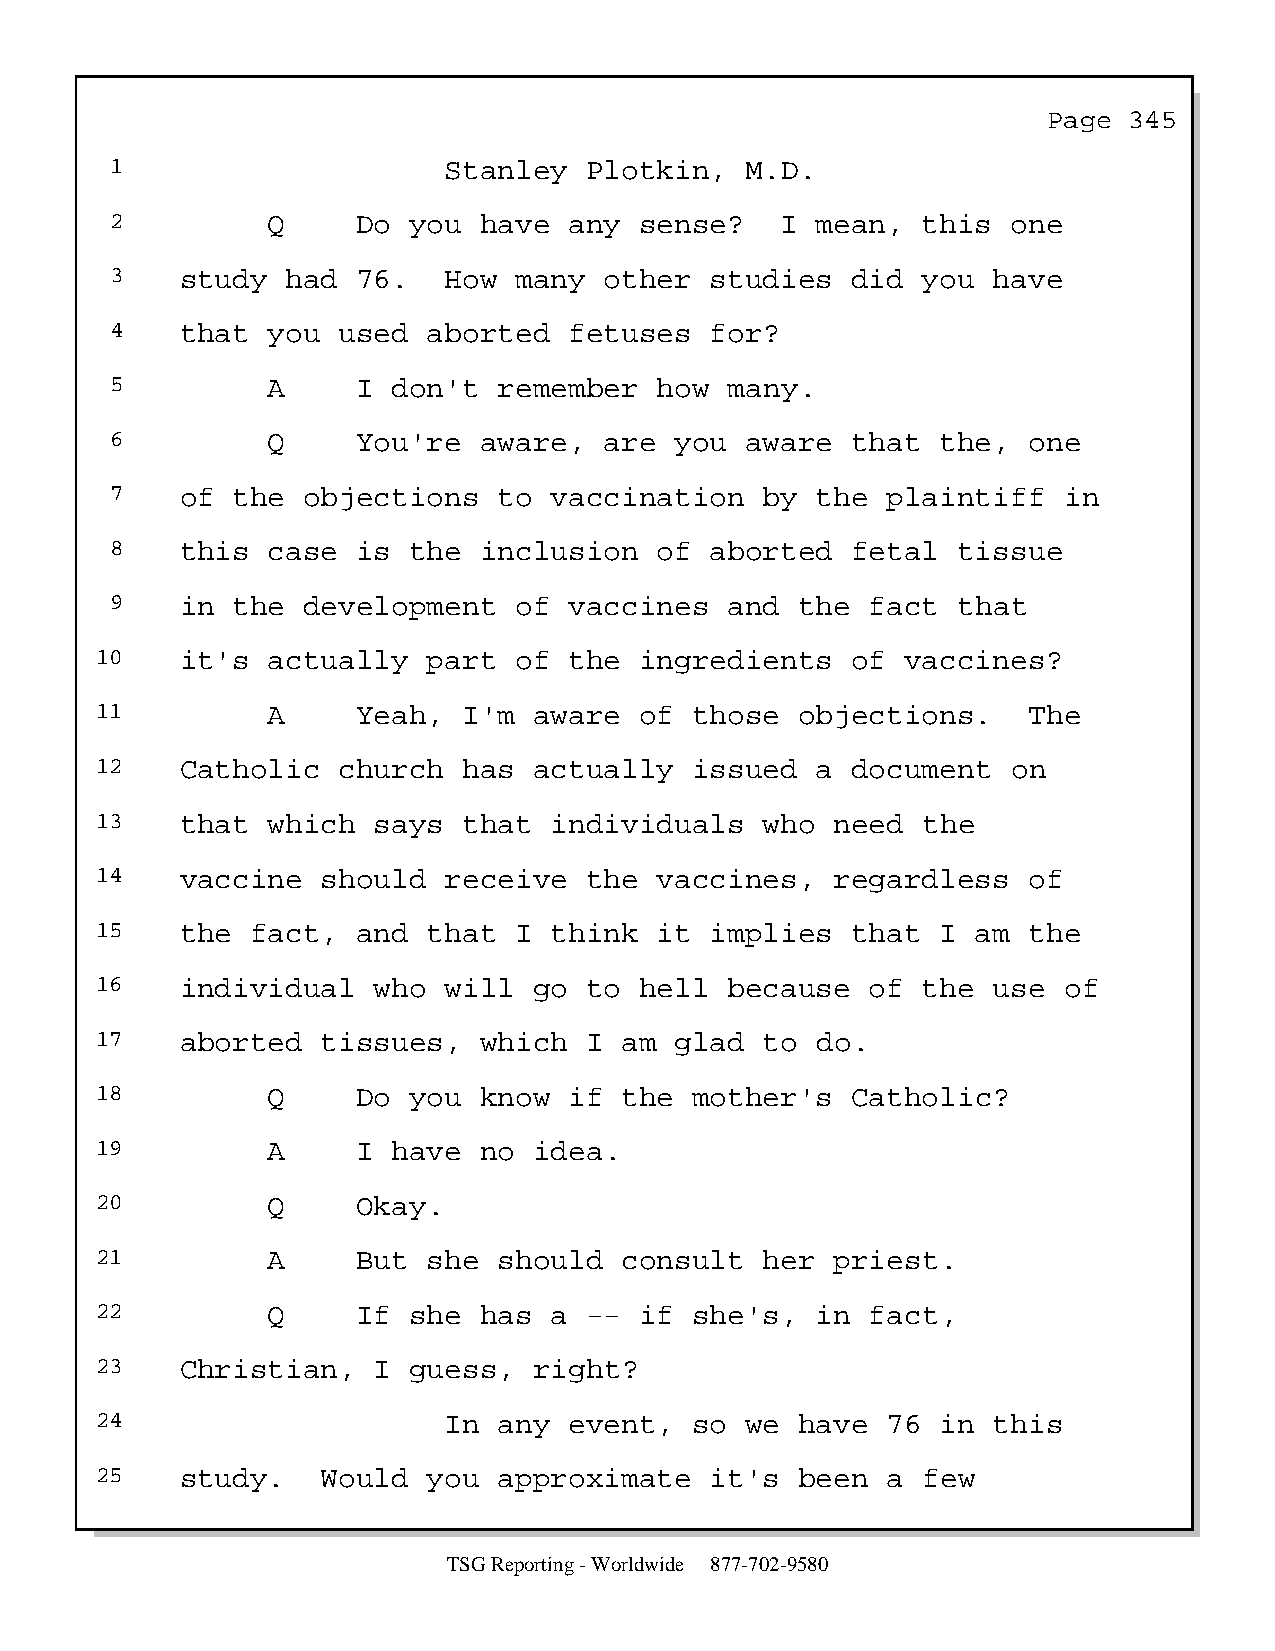
Page  345
 1                     Stanley   Plotkin,  M.D.
 2          Q     Do you  have  any sense?    I mean,  this  one
 3    study  had  76.  How  many  other  studies  did  you  have
 4    that  you used  aborted   fetuses  for?
 5          A     I don't  remember   how many.
 6          Q     You're  aware,  are  you aware  that  the,  one
 7    of the  objections   to vaccination    by the  plaintiff  in
 8    this  case  is the  inclusion   of aborted  fetal  tissue
 9    in the  development   of  vaccines  and  the  fact that
 10    it's  actually  part  of  the ingredients   of  vaccines?
 11          A     Yeah,  I'm aware  of  those  objections.    The
 12    Catholic  church   has actually   issued  a document   on
 13    that  which  says  that individuals    who need  the
 14    vaccine  should  receive   the  vaccines,  regardless   of
 15    the  fact,  and that  I think   it implies  that  I  am the
 16    individual   who will  go  to hell  because   of the  use of
 17    aborted  tissues,   which  I am  glad  to do.
 18          Q     Do you  know  if the  mother's  Catholic?
 19          A     I have  no idea.
 20          Q     Okay.
 21          A     But she  should  consult   her priest.
 22          Q     If she  has a  -- if  she's,  in  fact,
 23    Christian,   I guess,  right?
 24                     In  any  event,  so we  have  76 in  this
 25    study.   Would  you  approximate   it's  been  a few
 TSG Reporting - Worldwide 877-702-9580